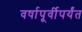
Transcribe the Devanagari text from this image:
वर्षापूर्वीपर्यंत